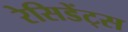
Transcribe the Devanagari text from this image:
रेसिडेंट्स